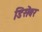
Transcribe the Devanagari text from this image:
डिसॆंबर